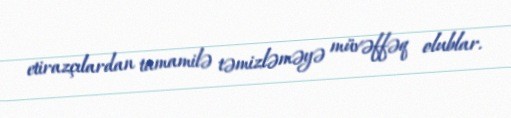
etirazçılardan tamamilə təmizləməyə müvəffəq olublar.